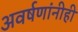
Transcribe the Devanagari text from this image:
अवर्षणांनीही